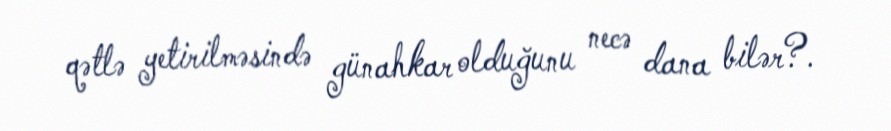
qətlə yetirilməsində günahkar olduğunu necə dana bilər?.